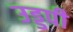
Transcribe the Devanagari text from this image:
उड्डपी